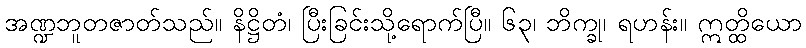
အဏ္ဍဘူတဇာတ်သည်။ နိဋ္ဌိတံ၊ ပြီးခြင်းသို့ရောက်ပြီ။ ၆၃၊ ဘိက္ခု၊ ရဟန်း။ ဣတ္ထိယော